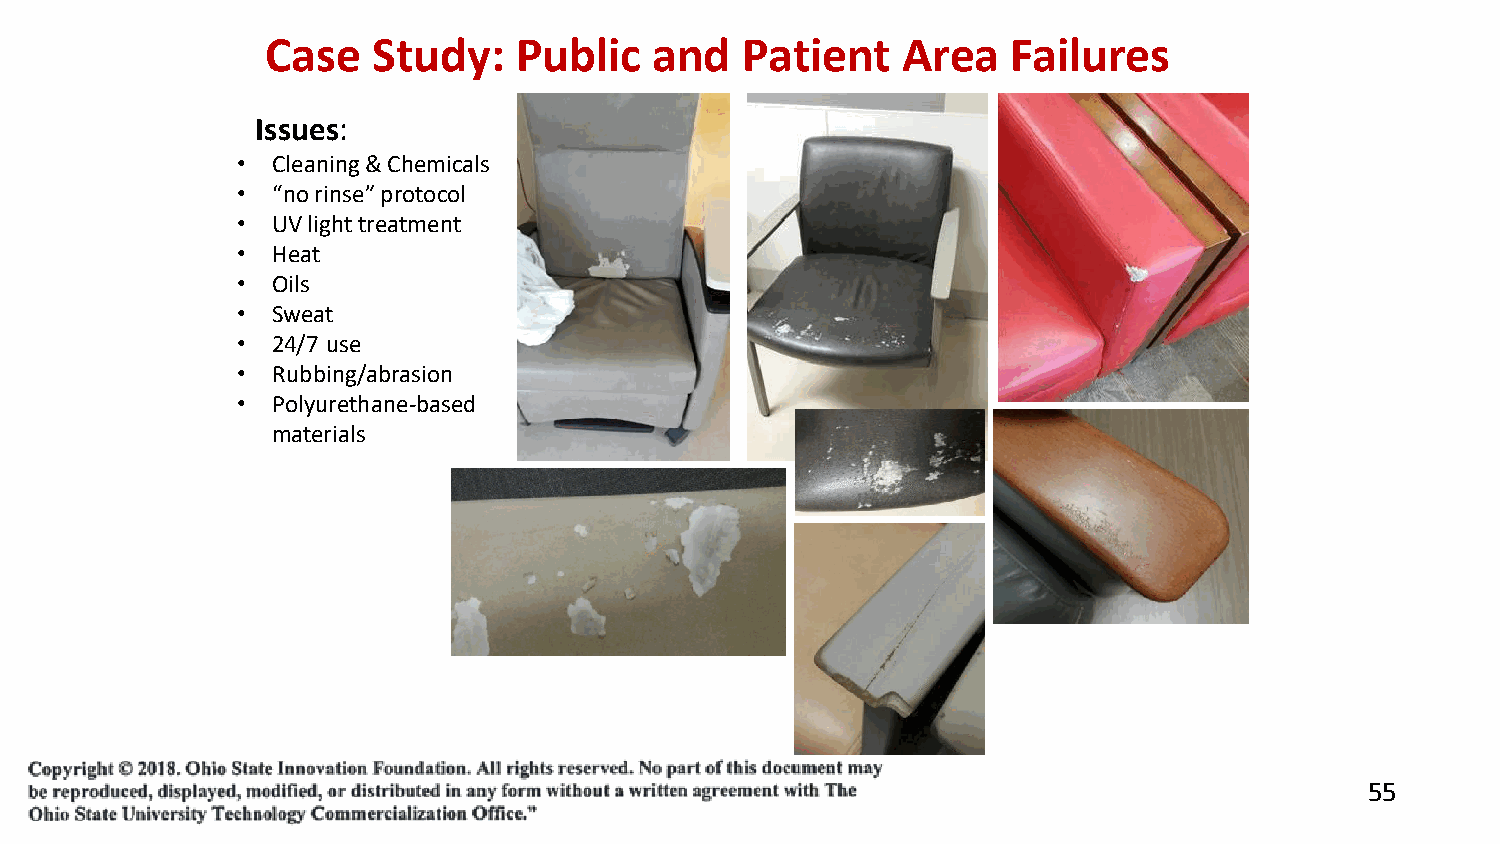
Case   Study:   Public   and   Patient    Area   Failures
 Issues:
 • Cleaning & Chemicals
 • “no rinse” protocol
 • UV light treatment
 • Heat
 • Oils
 • Sweat
 • 24/7 use
 • Rubbing/abrasion
 • Polyurethane-based
 materials
 55